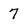
Character: 7